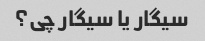
سیگار یا سیگار چی؟